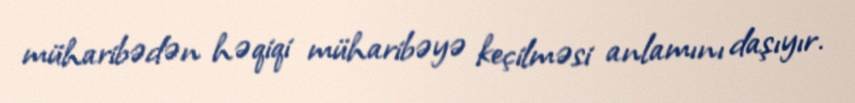
müharibədən həqiqi müharibəyə keçilməsi anlamını daşıyır.